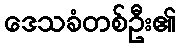
ဒေသခံတစ်ဦး၏